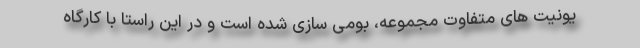
یونیت های متفاوت مجموعه، بومی سازی شده است و در این راستا با کارگاه